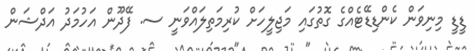
ޑީޑީ މިނިވަން ކެންޑިޑޭޓެއްގެ ގޮތުގައި މަޖިލީހަށް ކުރިމަތިލައްވަނީ ސ. ފޭދޫން އަހުމަދު އަދްޝަން